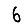
Digit: 6